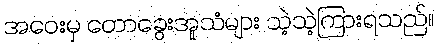
အဝေးမှ တောခွေးအူသံများ သဲ့သဲ့ကြားရသည်။